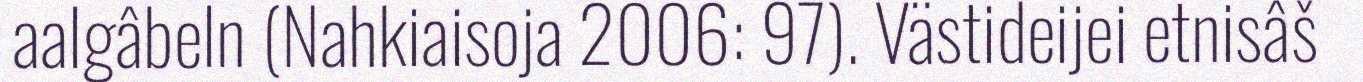
aalgâbeln (Nahkiaisoja 2006: 97). Västideijei etnisâš